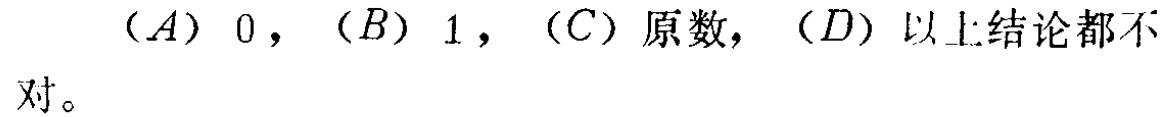
$(A)\ 0,\ (B)\ 1,\ (C)\ 原数,\ (D)\ 以上结论都不对。$